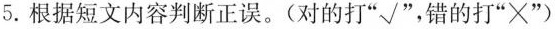
5. 根据短文内容判断正误。(对的打”√”，错的打”×”)